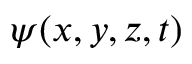
\psi ( x , y , z , t )